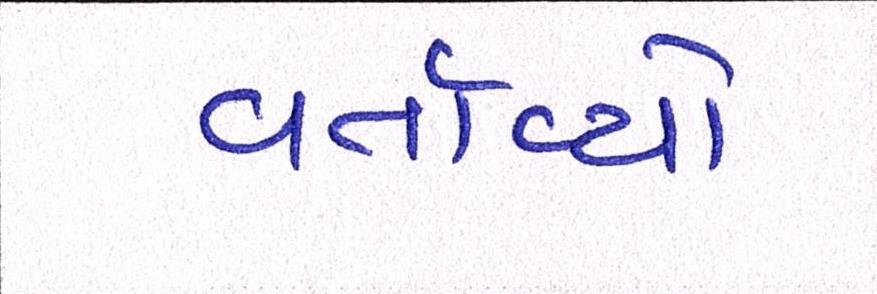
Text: વર્તાવ્યો